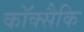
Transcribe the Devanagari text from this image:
कॉक्सैकि